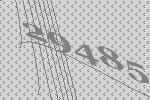
29485